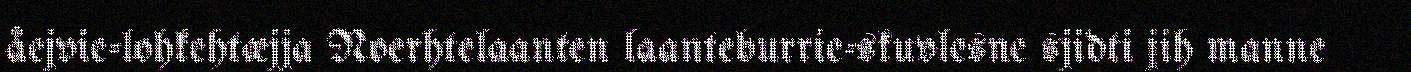
åejvie-lohkehtæjja Noerhtelaanten laanteburrie-skuvlesne sjidti jih manne